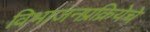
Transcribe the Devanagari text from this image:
विभाजनप्रक्रियेचे